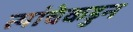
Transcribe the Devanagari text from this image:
त्यांचेकडुन